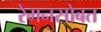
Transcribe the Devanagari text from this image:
रेगनसोबत